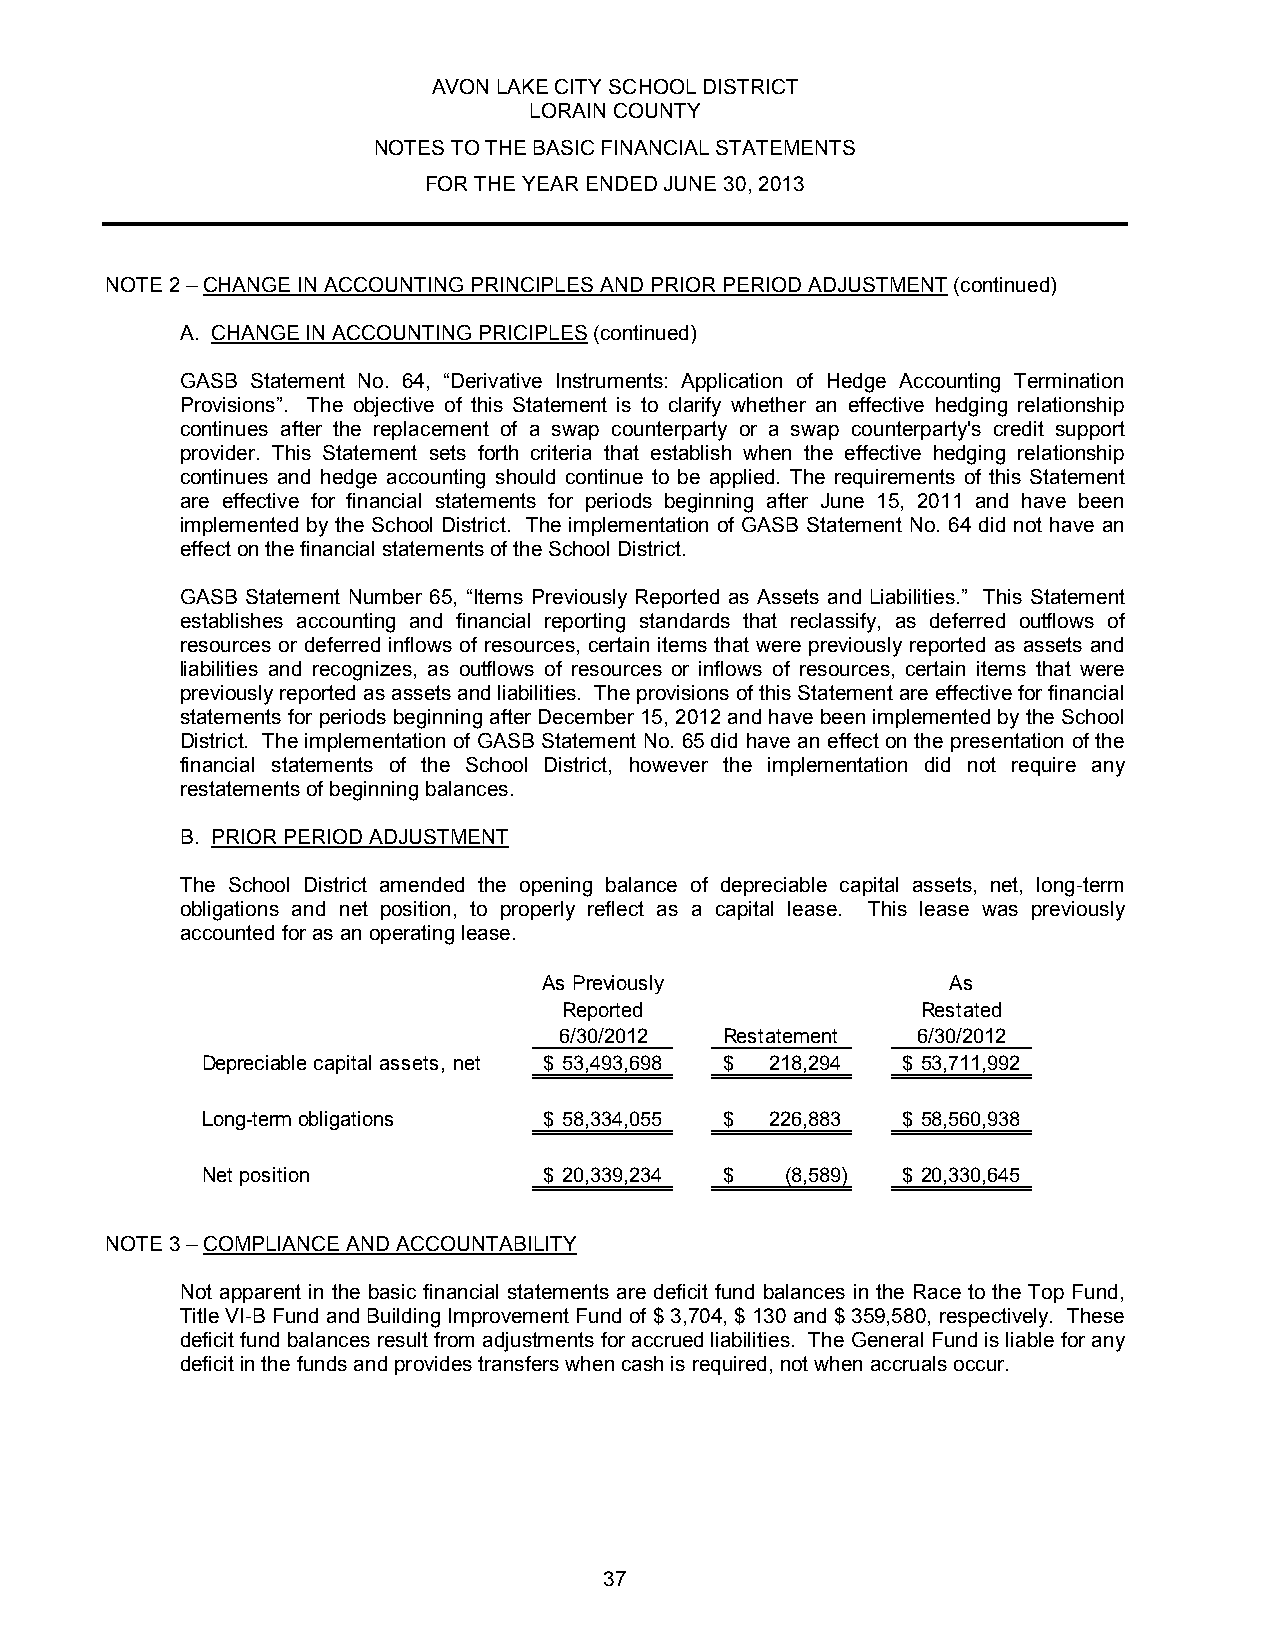
AVON LAKE CITY SCHOOL DISTRICT
 LORAIN COUNTY
 NOTES TO THE BASIC FINANCIAL STATEMENTS
 FOR THE YEAR ENDED JUNE 30, 2013
 NOTE 2 – CHANGE IN ACCOUNTING PRINCIPLES AND PRIOR PERIOD ADJUSTMENT (continued)
 A. CHANGE IN ACCOUNTING PRICIPLES (continued)
 GASB Statement No. 64, “Derivative Instruments: Application of Hedge Accounting Termination
 Provisions”. The objective of this Statement is to clarify whether an effective hedging relationship
 continues after the replacement of a swap counterparty or a swap counterparty's credit support
 provider. This Statement sets forth criteria that establish when the effective hedging relationship
 continues and hedge accounting should continue to be applied. The requirements of this Statement
 are effective for financial statements for periods beginning after June 15, 2011 and have been
 implemented by the School District. The implementation of GASB Statement No. 64 did not have an
 effect on the financial statements of the School District.
 GASB Statement Number 65, “Items Previously Reported as Assets and Liabilities.” This Statement
 establishes accounting and financial reporting standards that reclassify, as deferred outflows of
 resources or deferred inflows of resources, certain items that were previously reported as assets and
 liabilities and recognizes, as outflows of resources or inflows of resources, certain items that were
 previously reported as assets and liabilities. The provisions of this Statement are effective for financial
 statements for periods beginning after December 15, 2012 and have been implemented by the School
 District. The implementation of GASB Statement No. 65 did have an effect on the presentation of the
 financial statements of the School District, however the implementation did not require any
 restatements of beginning balances.
 B. PRIOR PERIOD ADJUSTMENT
 The School District amended the opening balance of depreciable capital assets, net, long-term
 obligations and net position, to properly reflect as a capital lease. This lease was previously
 accounted for as an operating lease.
 As Previously              As
 Reported                Restated
 6/30/2012  Restatement  6/30/2012
 Depreciable capital assets, net $ 53,493,698 $ 218,294 $ 53,711,992
 Long-term obligations  $ 58,334,055 $ 226,883  $ 58,560,938
 Net position           $ 20,339,234 $  (8,589) $ 20,330,645
 NOTE 3 – COMPLIANCE AND ACCOUNTABILITY
 Not apparent in the basic financial statements are deficit fund balances in the Race to the Top Fund,
 Title VI-B Fund and Building Improvement Fund of $ 3,704, $ 130 and $ 359,580, respectively. These
 deficit fund balances result from adjustments for accrued liabilities. The General Fund is liable for any
 deficit in the funds and provides transfers when cash is required, not when accruals occur.
 37